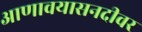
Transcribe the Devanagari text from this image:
आणावयासनदीवर